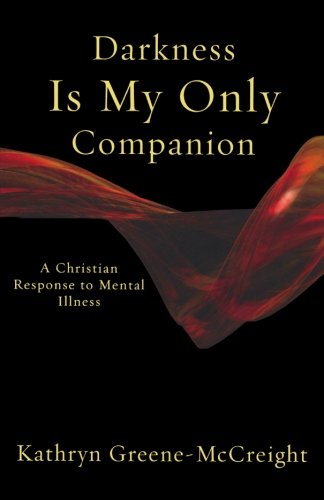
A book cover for Darkness Is My Only Companion: A Christian Response to Mental Illness; Kathryn Greene-McCreight; Health, Fitness & Dieting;